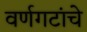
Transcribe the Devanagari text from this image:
वर्णगटांचे